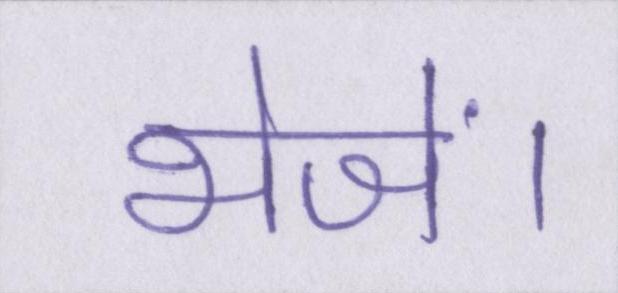
भेजें।